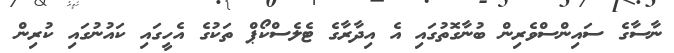
ނާސާގެ ސައިންސްވެރިން ބުނާގޮތުގައި އެ އިދާރާގެ ޓެލެސްކޯޕް ތަކުގެ އެހީގައި ކައުނުގައި ކުރިން